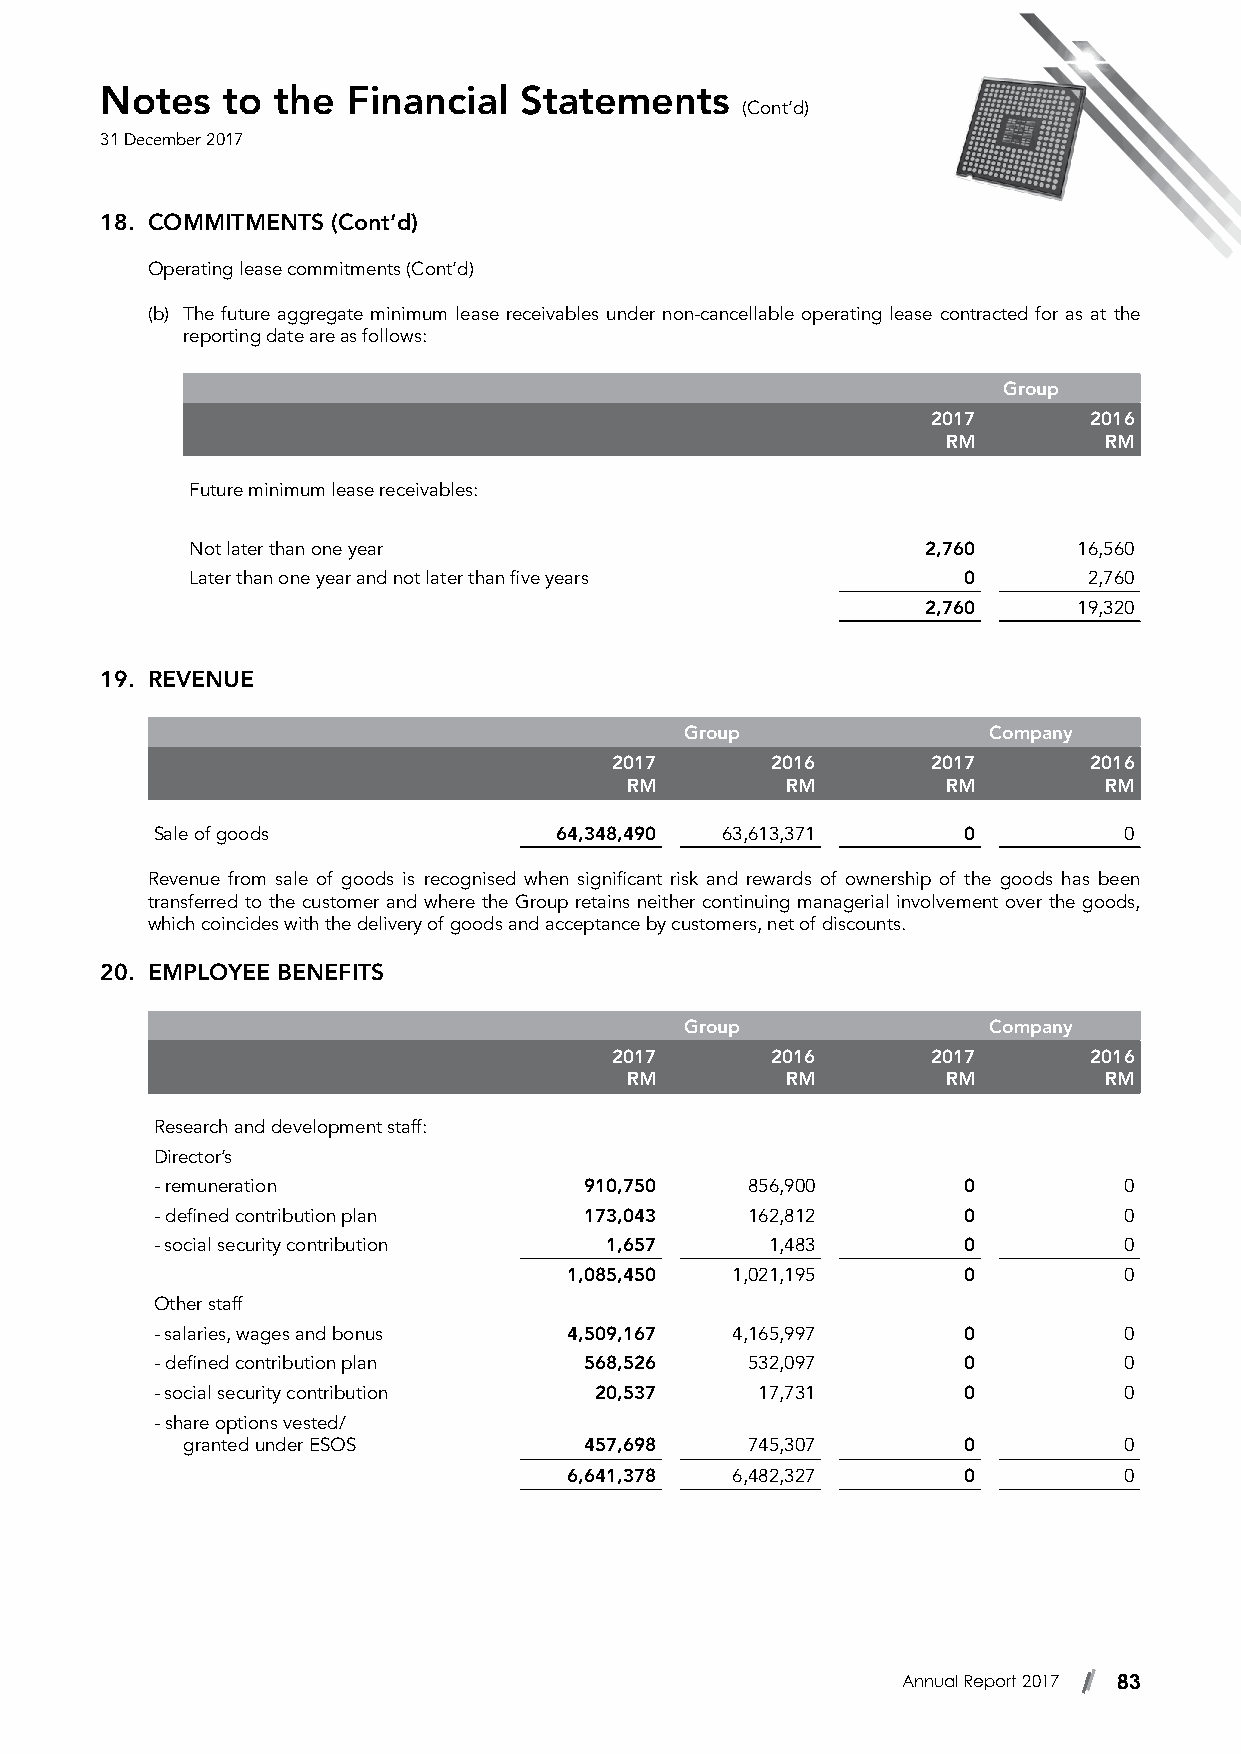
Notes   to the  Financial  Statements
 (Cont’d)
 31 December 2017
 18. COMMITMENTS (Cont’d)
 Operating lease commitments (Cont’d)
 (b) The future aggregate minimum lease receivables under non-cancellable operating lease contracted for as at the
 reporting date are as follows:
 Group
 2017      2016
 RM        RM
 Future minimum lease receivables:
 Not later than one year                         2,760     16,560
 Later than one year and not later than five years  0       2,760
 2,760     19,320
 19. REVENUE
 Group               Company
 2017       2016       2017      2016
 RM         RM         RM        RM
 Sale of goods              64,348,490 63,613,371      0         0
 Revenue from sale of goods is recognised when significant risk and rewards of ownership of the goods has been
 transferred to the customer and where the Group retains neither continuing managerial involvement over the goods,
 which coincides with the delivery of goods and acceptance by customers, net of discounts.
 20. EMPLOYEE BENEFITS
 Group               Company
 2017       2016       2017      2016
 RM         RM         RM        RM
 Research and development staff:
 Director’s
 - remuneration               910,750   856,900        0         0
 - defined contribution plan  173,043   162,812        0         0
 - social security contribution 1,657     1,483        0         0
 1,085,450 1,021,195       0         0
 Other staff
 - salaries, wages and bonus 4,509,167 4,165,997       0         0
 - defined contribution plan  568,526   532,097        0         0
 - social security contribution 20,537   17,731        0         0
 - share options vested/
 granted under ESOS         457,698   745,307        0         0
 6,641,378 6,482,327       0         0
 Annual Report 2017 83